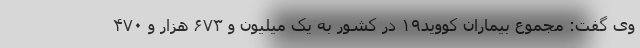
وی گفت: مجموع بیماران کووید۱۹ در کشور به یک میلیون و ۶۷۳ هزار و ۴۷۰